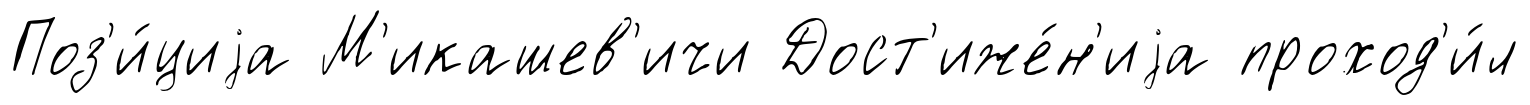
Поз'и́циjа М'икашев'ичи Дост'иже́н'иjа проход'и́л